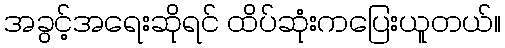
အခွင့်အရေးဆိုရင် ထိပ်ဆုံးကပြေးယူတယ်။